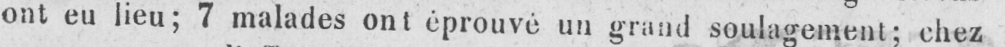
ont eu lieu; 7 malades ont éprouvé un grand soulagement; chez